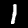
Label: 1